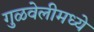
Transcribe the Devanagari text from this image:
गुळवेलीमध्ये